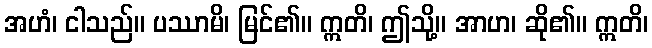
အဟံ၊ ငါသည်။ ပဿာမိ၊ မြင်၏။ ဣတိ၊ ဤသို့။ အာဟ၊ ဆို၏။ ဣတိ၊